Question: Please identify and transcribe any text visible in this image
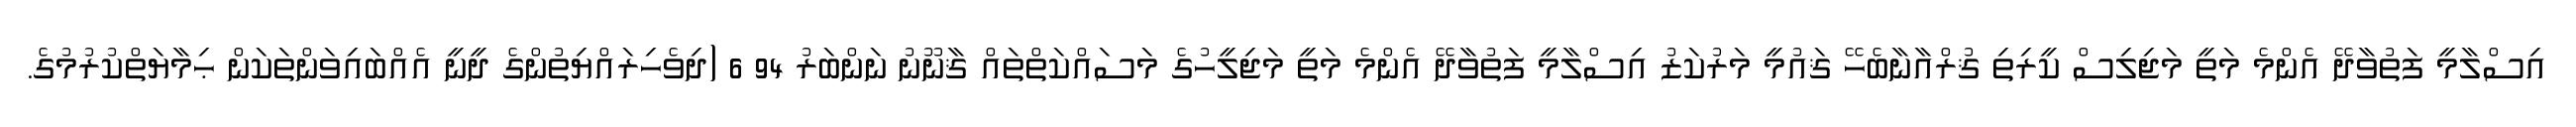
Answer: އިސްލާމީ ފަތުވާދޭ އެންމެ މަތީ މަޖިލިސް ކީރިތި ޤުރްއާނާބެހޭ ޤައުމީ މަރުކަޒު އިސްލާމީ ފަތުވާދޭ އެންމެ މަތީ މަޖިލީހުގެ މަސައްކަތްތައް ޤާނޫނު ނަންބަރު 94 6 (ދިވެހިރައްޔިތުންގެ ދީނީ އެއްބައިވަންތަކަން ޙިމާޔަތްކުރުމުގެ.